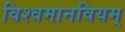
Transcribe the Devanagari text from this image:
विश्वमानवियम्